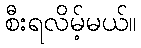
စီးရလိမ့်မယ်။